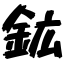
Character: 鉱